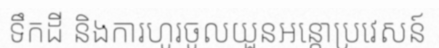
ទឹកដី និងការហូរចូលយួនអន្តោប្រវេសន៍